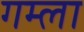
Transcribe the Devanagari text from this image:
गम्ला